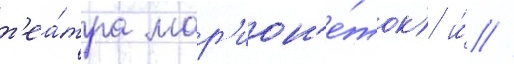
т'еа́тра мар'ион'е́ток) и́ //